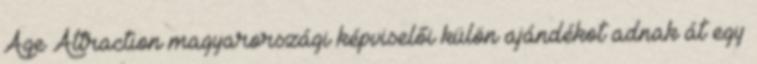
Age Attraction magyarországi képviselői külön ajándékot adnak át egy